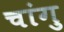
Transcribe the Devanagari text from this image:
चांगु